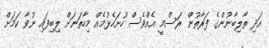
އަދި ތާލިބާނުންގެ ފަރާތުން ރަސްމީ އެއްވެސް ހުށަހެޅުމެއް މިހާތަނަށް ލިބިފައި ނުވާ ކަމަށް